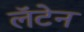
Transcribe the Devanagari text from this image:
लॅटेन